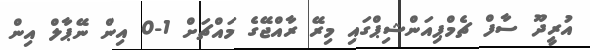
އުރީދޫ ސާފް ޗެމްޕިއަންޝިޕްގައި މިރޭ ރާއްޖޭގެ މައްޗަށް 1-0 އިން ނޭޕާލް އިން